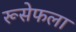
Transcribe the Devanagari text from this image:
रूसेफला